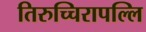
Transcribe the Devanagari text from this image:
तिरुच्चिरापल्लि